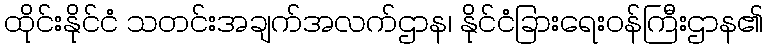
ထိုင်းနိုင်ငံ သတင်းအချက်အလက်ဌာန၊ နိုင်ငံခြားရေးဝန်ကြီးဌာန၏